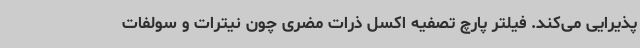
پذیرایی می‌کند. فیلتر پارچ تصفیه اکسل ذرات مضری چون نیترات و سولفات